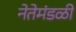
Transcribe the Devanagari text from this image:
नेतेमंडळी